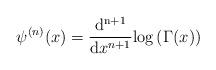
LaTeX: \begin{align*} \psi^{(n)}(x) = \frac{{\rm d^{n+1}}}{{\rm d}x^{n+1}} {\rm log} \left( \Gamma(x) \right)\end{align*}